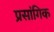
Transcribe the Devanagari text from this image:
प्रसांगिक